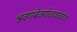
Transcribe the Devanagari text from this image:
श्रवणबेळगोळाजवळील